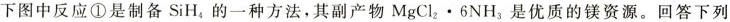
下图中反应①是制备SiH_{4}的一种方法，其副产物MgCl_{2}\cdot 6NH_{3}是优质的镁资源。回答下列